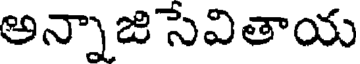
అన్నాజిసేవితాయ